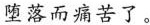
堕落而痛言了。